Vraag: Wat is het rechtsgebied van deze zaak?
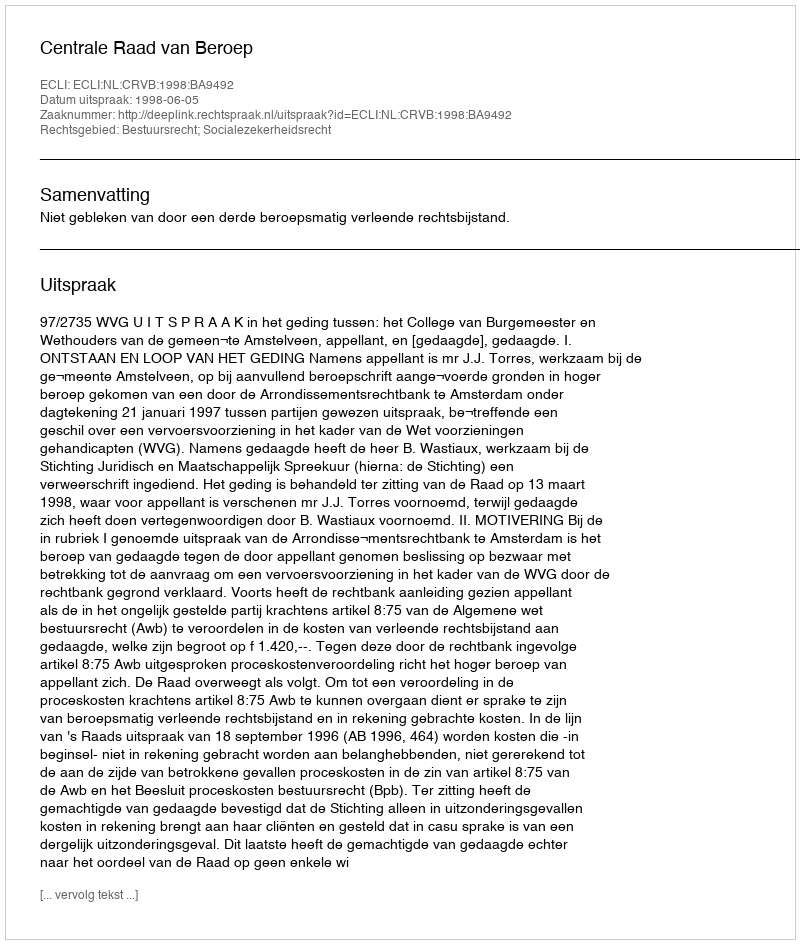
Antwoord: Bestuursrecht; Socialezekerheidsrecht